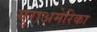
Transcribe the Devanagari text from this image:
युराअमेरिका